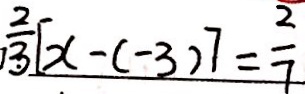
\frac { 2 } { 3 } [ x - ( - 3 ) ] = \frac { 2 } { 7 }